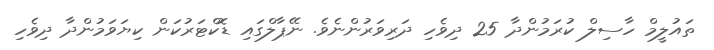
ތައުލީމް ހާސިލް ކުރަމުންދާ 25 ދިވެހި ދަރިވަރުންނެވެ. ނޭޕާލްގައި ޑޮކްޓަރުކަން ކިޔަވަމުންދާ ދިވެހި